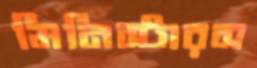
মিনিস্টারস